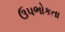
ઉપભોકતા